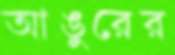
আঙুরের